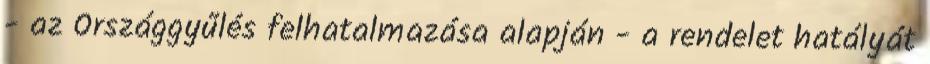
- az Országgyűlés felhatalmazása alapján - a rendelet hatályát